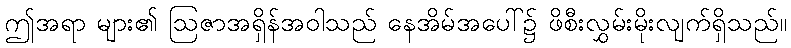
ဤအရာ များ၏ ဩဇာအရှိန်အဝါသည် နေအိမ်အပေါ်၌ ဖိစီးလွှမ်းမိုးလျက်ရှိသည်။